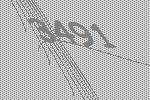
3491